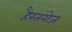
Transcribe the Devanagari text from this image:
हैरतंगेज